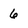
Character: 6